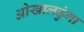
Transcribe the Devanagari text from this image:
ओखालढुंगा